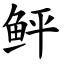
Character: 鲆